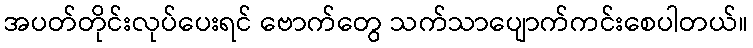
အပတ်တိုင်းလုပ်ပေးရင် ဗောက်တွေ သက်သာပျောက်ကင်းစေပါတယ်။